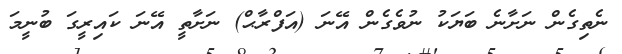
ނެތިގެން ނަށާނެ ބަޔަކު ނުވެގެން އޭނަ (އަފްރާޙް) ނަށާތީ އޭނަ ކައިރީގަ ބުނީމަ